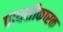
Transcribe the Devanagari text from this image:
पायसीकारक